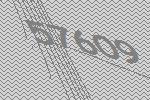
57609